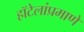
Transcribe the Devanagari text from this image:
हॉटेलांप्रमाणे